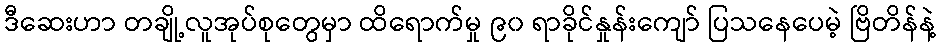
ဒီဆေးဟာ တချို့လူအုပ်စုတွေမှာ ထိရောက်မှု ၉၀ ရာခိုင်နှုန်းကျော် ပြသနေပေမဲ့ ဗြိတိန်နဲ့